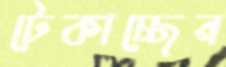
টেকাচ্ছেন